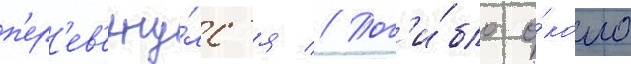
п'ер'ев'ерну́лс'я // Пог'и́бло о́коло